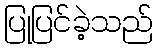
ပြုပြင်ခဲ့သည်